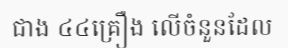
ជាង ៤៤គ្រឿង លើចំនួនដែល